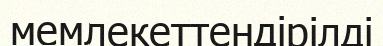
мемлекеттендірілді